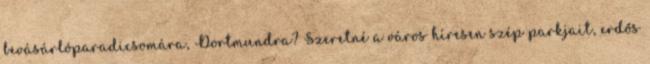
bevásárlóparadicsomára, Dortmundra? Szeretné a város híresen szép parkjait, erdős